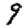
Digit: 9